Medical and sanitary report of the native army of Madras for the year
Year: 1877
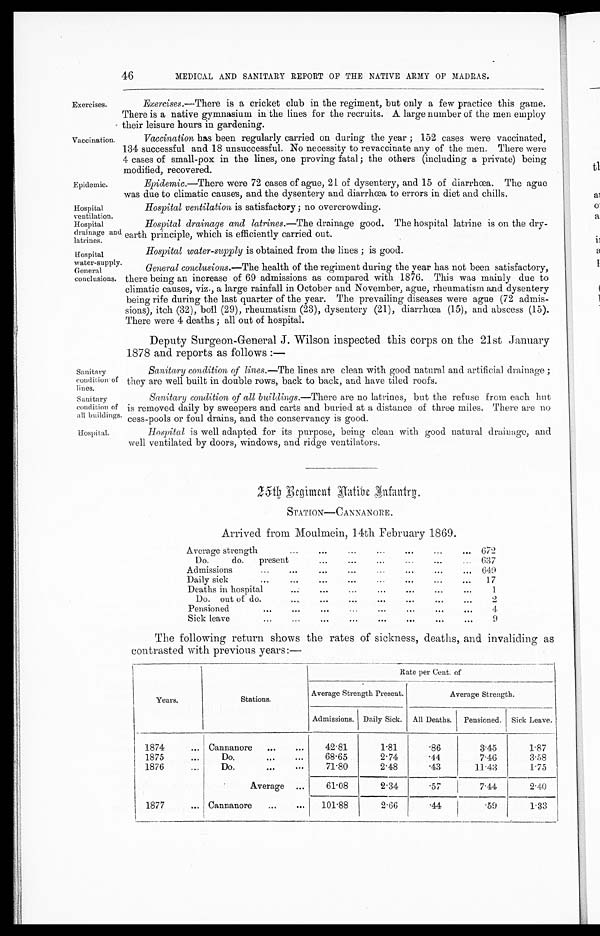
46
MEDICAL AND SANITARY REPORT OF THE NATIVE ARMY OF MADRAS.
Exercises.
Vaccination.
Epidemic.
Exercises.— There is a cricket club in the regiment, but only a few practice this game.
There is a native gymnasium in the lines for the recruits. A large number of the men employ
their leisure hours in gardening.
Vaccination has been regularly carried on during the year ; 152 cases were vaccinated,
134 successful and 18 unsuccessful. No necessity to revaccinate any of the men. There were
4 cases of small-pox in the lines, one proving fatal; the others (including a private) being
modified, recovered.
Epidemic.—There were 72 cases of ague, 21 of dysentery, and 15 of diarrhœa. The ague
was due to climatic causes, and the dysentery and diarrhœa to errors in diet and chills.
Hospital
ventilation.
Hospital
drainage and
latrines.
Hospital
water-supply.
General
conclusions.
Sanitary
condition of
lines.
Sanitary
condition of
all buildings.
Hospital.
Hospital ventilation is satisfactory; no overcrowding.
Hospital drainage and latrines.—The drainage good. The hospital latrine is on the dry-
earth principle, which is efficiently carried out.
Hospital water-supply is obtained from the lines ; is good.
General conclusions.— The health of the regiment during the year has not been satisfactory,
there being an increase of 69 admissions as compared with 1876. This was mainly due to
climatic causes, viz., a large rainfall in October and November, ague, rheumatism and dysentery
being rife during the last quarter of the year. The prevailing diseases were ague (72 admis-
sions), itch (32), boil (29), rheumatism (23), dysentery (21), diarrhœa (15), and abscess (15).
There were 4 deaths ; all out of hospital.
Deputy Surgeon-General J. Wilson inspected this corps on the 21st January
1878 and reports as follows :—
Sanitary condition of lines.— The lines are clean with good natural and artificial drainage ;
they are well built in double rows, back to back, and have tiled roofs.
Sanitary condition of all buildings.— There are no latrines, but the refuse from each hut
is removed daily by sweepers and carts and buried at a distance of three miles. There are no
cess-pools or foul drains, and the conservancy is good.
Hospital is well adapted for its purpose, being clean with good natural drainage, and
well ventilated by doors, windows, and ridge ventilators.
25th Regiment native Infantry.
STATION—CANNANORE .
Arrived from Moulmein, 14th February 1869.
Average strength
... ...
...
...
...
...
...
672
Do.
do.
present
...
...
...
...
...
...
637
Admissions
...
... ...
...
... ... ... ...
649
Daily sick
...
...
...
...
...
...
...
...
17
Deaths in hospital
...
...
...
...
...
...
...
1
Do. out of do.
...
...
...
...
...
...
...
2
Pensioned
... ...
...
...
...
...
...
...
4
Sick leave
...
...
...
...
... ... ...
...
9
The following return shows the rates of sickness, deaths, and invaliding as
contrasted with previous years :—
Years.
Stations.
R a t e p e r C e n t . o f
Average Strength Present.
Average Strength.
Admissions. Daily Sick. All Deaths.
Pensioned. Sick Leave.
1874
... Cannanore
...
...
42.81
1.81
. 8 6
3.45
1.87
1875
...
Do.
...
...
68.65
2.74
.44
7.46
3.58
1876
...
Do.
... ...
71.80
2.48
. 4 3
11.43
1.75
Average
...
61.08
2.34
. 5 7
7.44
2.40
1877
...
Cannanore
...
...
101.88
2.66
.44
.59
1.33